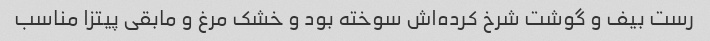
رست بیف و گوشت شرخ کرده‌اش سوخته بود و خشک مرغ و مابقی پیتزا مناسب